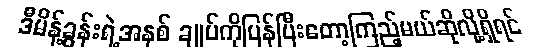
ဒီမိန့်ခွန်းရဲ့အနှစ် ချုပ်ကိုပြန်ပြီးတော့ကြည့်မယ်ဆိုလို့ရှိရင်